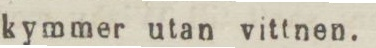
kymmer utan vittnen.